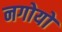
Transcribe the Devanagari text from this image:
नगोयो